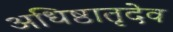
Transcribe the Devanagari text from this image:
अधिष्ठातृदेव